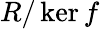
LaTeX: R/\ker f